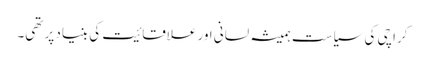
کراچی کی سیاست ہمیشہ لسانی اور علاقائیت کی بنیاد پر تھی۔